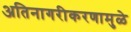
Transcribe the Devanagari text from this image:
अतिनागरीकरणामुळे